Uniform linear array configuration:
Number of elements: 16
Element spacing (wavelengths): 1
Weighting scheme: binomial
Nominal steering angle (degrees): -45
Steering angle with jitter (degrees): -44.579
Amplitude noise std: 0.05
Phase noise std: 0.05

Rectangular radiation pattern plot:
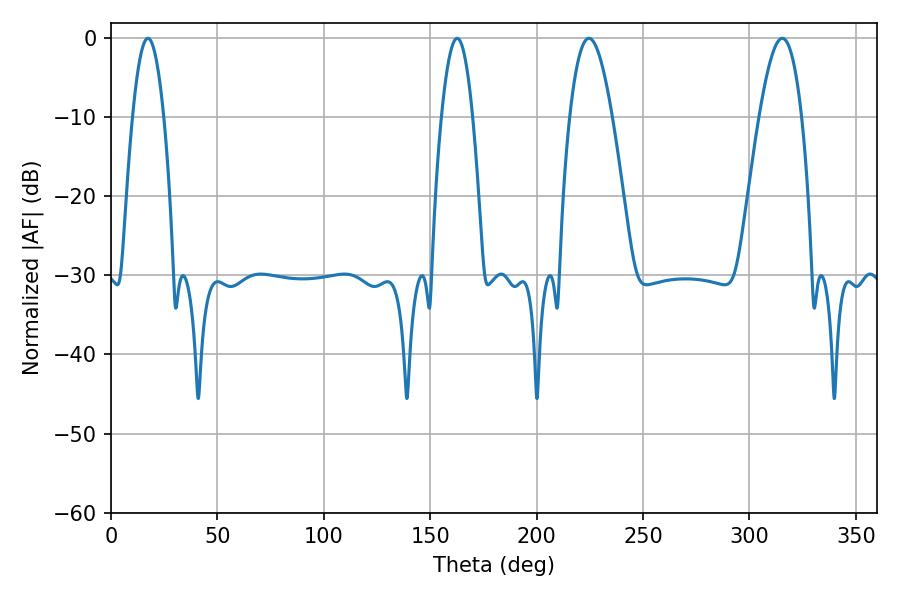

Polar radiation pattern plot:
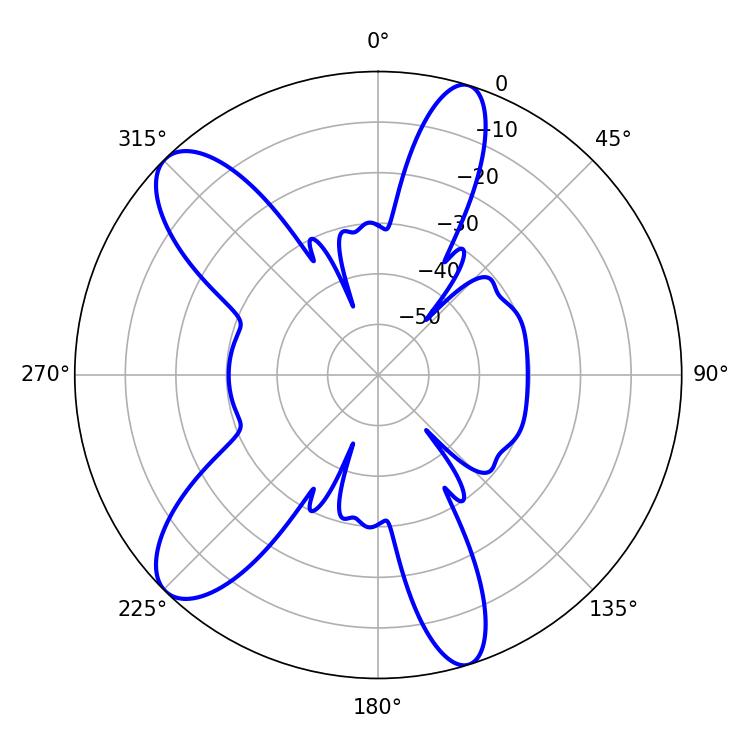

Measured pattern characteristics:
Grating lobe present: TRUE
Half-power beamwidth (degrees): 10.8
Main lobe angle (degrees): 224.64